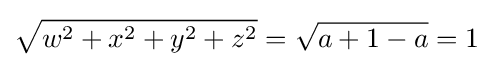
{\sqrt {w^{2}+x^{2}+y^{2}+z^{2}}}={\sqrt {a+1-a}}=1